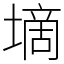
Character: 墑